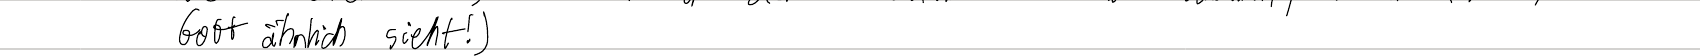
Gott ähnlich sieht!)